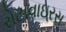
રોટાવાઇરસ